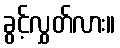
ခွင့်လွှတ်လား။